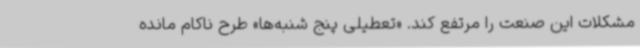
مشکلات این صنعت را مرتفع کند. «تعطیلی پنج شنبه‌ها» طرح ناکام مانده